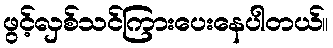
ဖွင့်လှစ်သင်ကြားပေးနေပါတယ်။